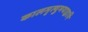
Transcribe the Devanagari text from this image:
कालमृत्युभयाद्वापि